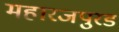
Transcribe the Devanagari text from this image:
महारजपुरड